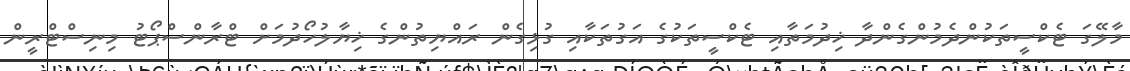
މާލޭގަ ޓެކްސީތަކުންދެމުންގެންދާ ޚިދުމަތާއި ޓެކްސީތަކުގެ އަގުތަކާއި ގުޅިގެން ރައްޔިތުންގެ ޚިޔާލުހޯދުމަށް ޓްރާންސްޕޯޓު މިނިސްޓްރީން